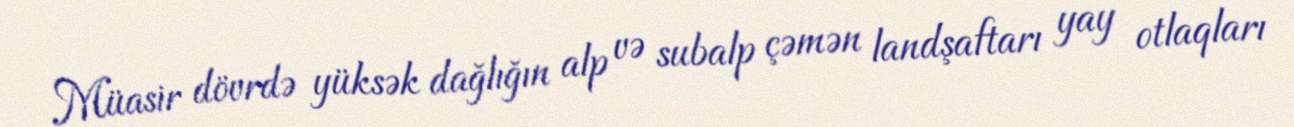
Müasir dövrdə yüksək dağlığın alp və subalp çəmən landşaftarı yay otlaqları